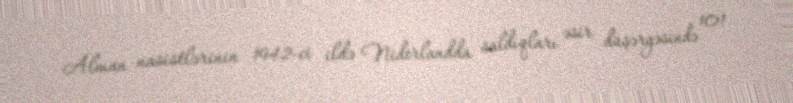
Alman nasistlərinin 1942-ci ildə Niderlandda saldıqları əsir düşərgəsində 101